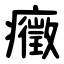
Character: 癥